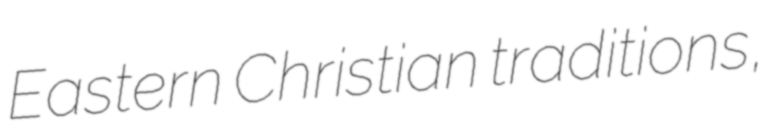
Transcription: Eastern Christian traditions,